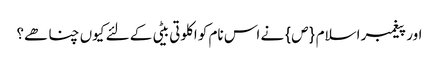
اور پیغمبر اسلام {ص} نے اس نام کو اکلوتی بیٹی کے لئے کیوں چنا ھے؟